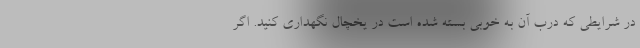
در شرایطی که درب آن به خوبی بسته شده است در یخچال نگهداری کنید. اگر